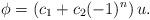
LaTeX: \begin{align*}\phi=\left(c_1+c_2(-1)^n\right)u.\end{align*}